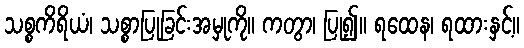
သစ္စကိရိယံ၊ သစ္စာပြုခြင်းအမှုကို။ ကတွာ၊ ပြု၍။ ရထေန၊ ရထားနှင့်။